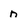
Character: n